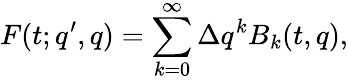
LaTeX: F(t;q^{\prime},q)=\sum_{k=0}^{\infty}\Delta q^{k}B_{k}(t,q),